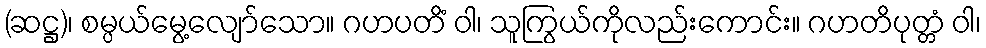
(ဆဋ္ဌ)၊ စမ္ပယ်မွေ့လျော်သော။ ဂဟပတိံ ဝါ၊ သူကြွယ်ကိုလည်းကောင်း။ ဂဟတိပုတ္တံ ဝါ၊